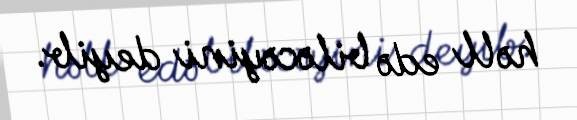
həll edə biləcəyini deyib.